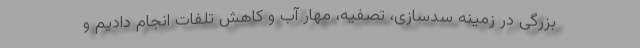
بزرگی در زمینه سدسازی، تصفیه، مهار آب و کاهش تلفات انجام دادیم و